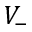
V _ { - }